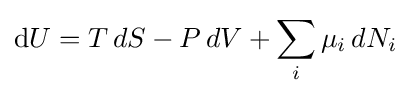
\mathrm {d} U=T\,dS-P\,dV+\sum _{i}\mu _{i}\,dN_{i}